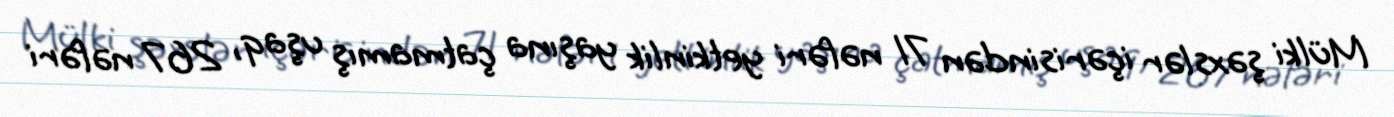
Mülki şəxslər içərisindən 71 nəfəri yetkinlik yaşına çatmamış uşaq, 267 nəfəri